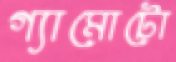
গ্যামোটো